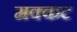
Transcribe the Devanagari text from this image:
मक्कट